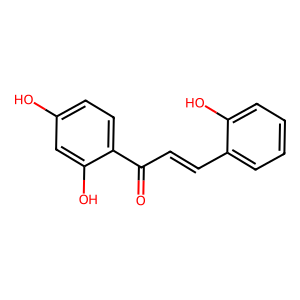
SMILES: O=C(C=Cc1ccccc1O)c1ccc(O)cc1O
Inhibits HIV replication: Yes